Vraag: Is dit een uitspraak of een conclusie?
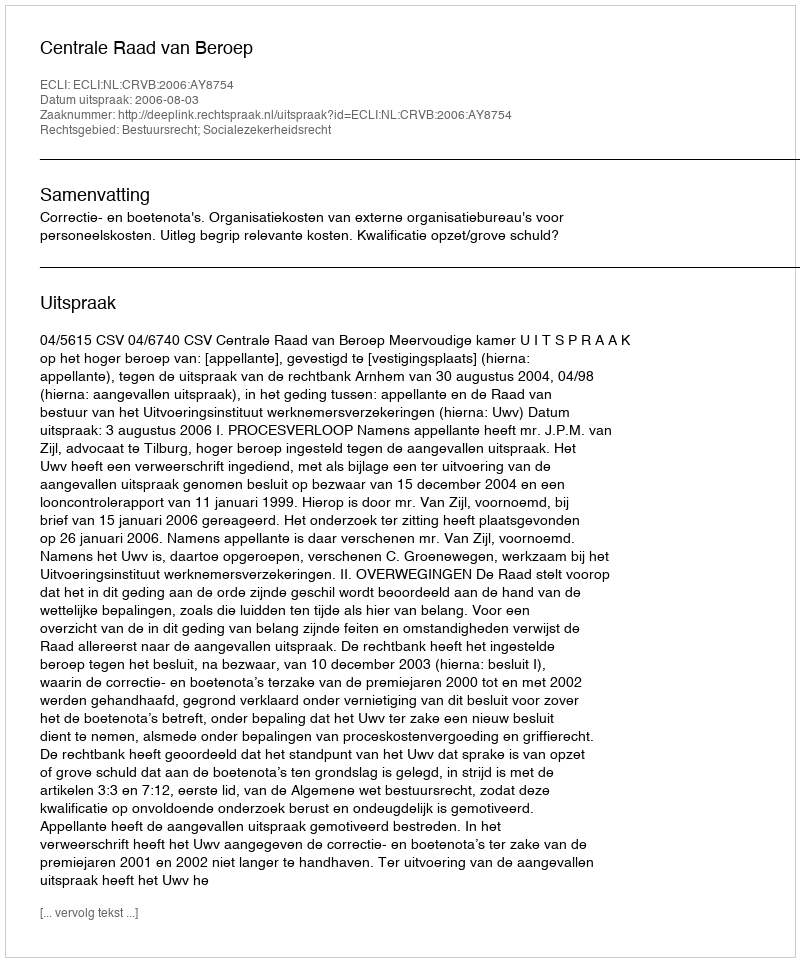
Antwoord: Uitspraak